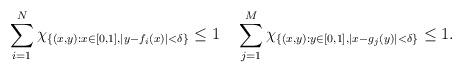
LaTeX: \begin{align*}\sum_{i=1}^N \chi_{\{(x,y):x\in [0,1],|y-f_i(x)|< \delta\}}\leq 1\quad\sum_{j=1}^M \chi_{ \{(x,y):y\in [0,1],|x-g_j(y)|< \delta\}}\leq 1.\end{align*}